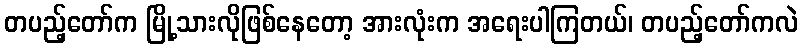
တပည့်တော်က မြို့သားလိုဖြစ်နေတော့ အားလုံးက အရေးပါကြတယ်၊ တပည့်တော်ကလဲ